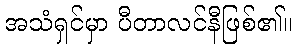
အသံရှင်မှာ ပီတာလင်နီဖြစ်၏။